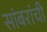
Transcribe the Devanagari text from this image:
सांबरांची